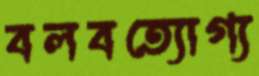
বলবত্যোগ্য